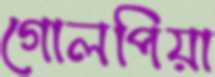
গোলপিয়া